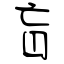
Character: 盲